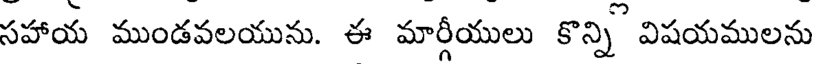
సహాయ ముండవలయును. ఈ మార్గీయులు కొన్ని విషయములను